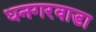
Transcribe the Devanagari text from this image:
धनगरवाडा